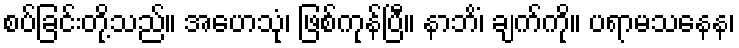
စပ်ခြင်းတို့သည်။ အဟေသုံ၊ ဖြစ်ကုန်ပြီ။ နာဘိံ၊ ချက်ကို။ ပရာမသနေန၊